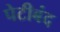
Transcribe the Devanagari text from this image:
पेटीबंद